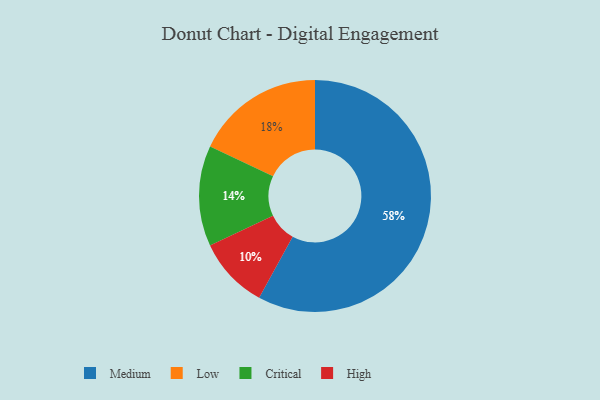
{"axis": {"x": "Category", "y": "Percentage"}, "legend": ["Critical", "High", "Low", "Medium"], "data": [{"x": "Critical", "y": 14, "type": "Critical"}, {"x": "Low", "y": 18, "type": "Low"}, {"x": "High", "y": 10, "type": "High"}, {"x": "Medium", "y": 58, "type": "Medium"}]}